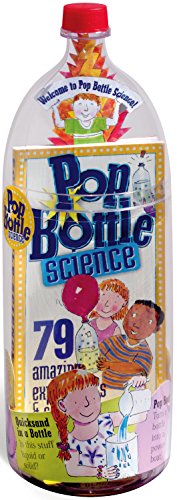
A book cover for Pop Bottle Science; Lynn Brunelle; Children's Books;